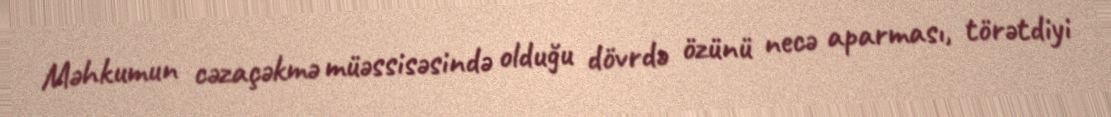
Məhkumun cəzaçəkmə müəssisəsində olduğu dövrdə özünü necə aparması, törətdiyi